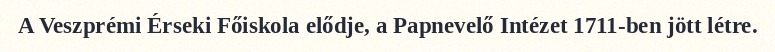
A Veszprémi Érseki Főiskola elődje, a Papnevelő Intézet 1711-ben jött létre.